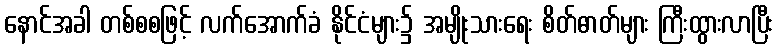
နောင်အခါ တစ်စစဖြင့် လက်အောက်ခံ နိုင်ငံများ၌ အမျိုးသားရေး စိတ်ဓာတ်များ ကြီးထွားလာပြီး